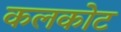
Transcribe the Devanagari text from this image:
कलकोट